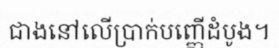
ជាងនៅលើប្រាក់បញ្ញើដំបូង។